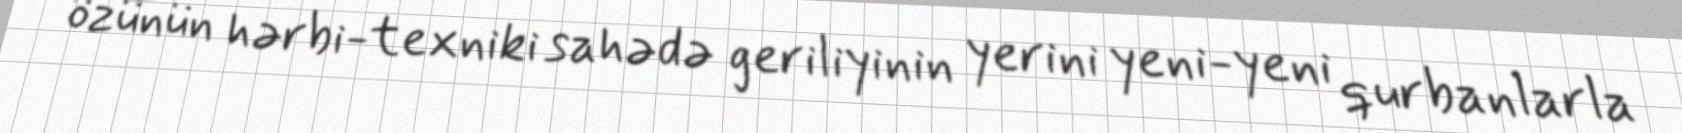
özünün hərbi-texniki sahədə geriliyinin yerini yeni-yeni qurbanlarla